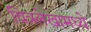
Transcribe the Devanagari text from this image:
चित्रलेखामध्ये